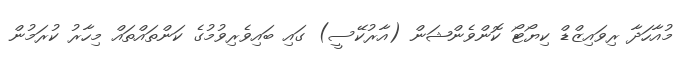
މުއާހަދާ ރިވައިޒްޑް ކިޔޯޓޯ ކޮންވެންޝަން (އާރުކޭސީ) ގައި ބައިވެރިވުމުގެ ކަންތައްތައް މިހާރު ކުރަމުން